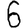
Digit: 6